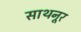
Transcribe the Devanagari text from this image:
साथनूर